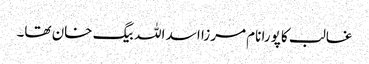
غالب کا پورا نام مرزا اسد اللہ بیگ خان تھا۔